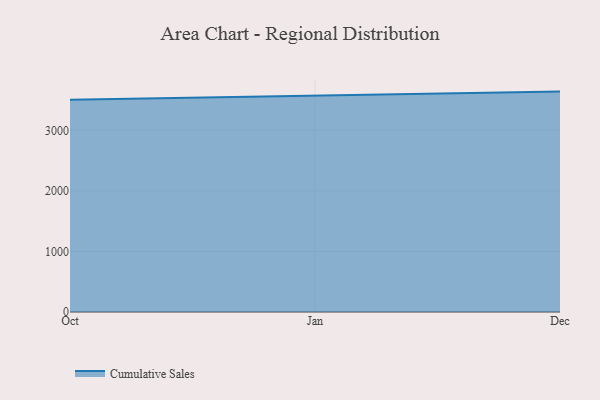
{"axis": {"x": "Month", "y": "Tickets Resolved"}, "legend": ["Cumulative Sales"], "data": [{"x": "Oct", "y": 3505.4, "type": "Cumulative Sales"}, {"x": "Jan", "y": 3574.4, "type": "Cumulative Sales"}, {"x": "Dec", "y": 3639.3, "type": "Cumulative Sales"}]}